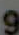
و